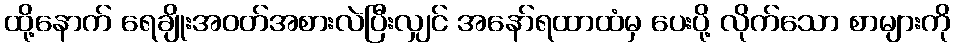
ထို့နောက် ရေချိုးအဝတ်အစားလဲပြီးလျှင် အနော်ရထာထံမှ ပေးပို့ လိုက်သော စာများကို